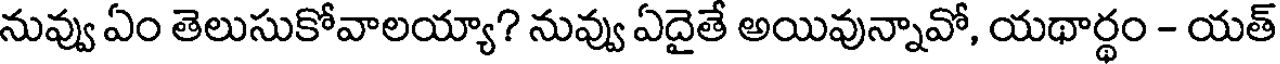
నువ్వు ఏం తెలుసుకోవాలయ్యా? నువ్వు ఏదైతే అయివున్నావో, యథార్థం - యత్